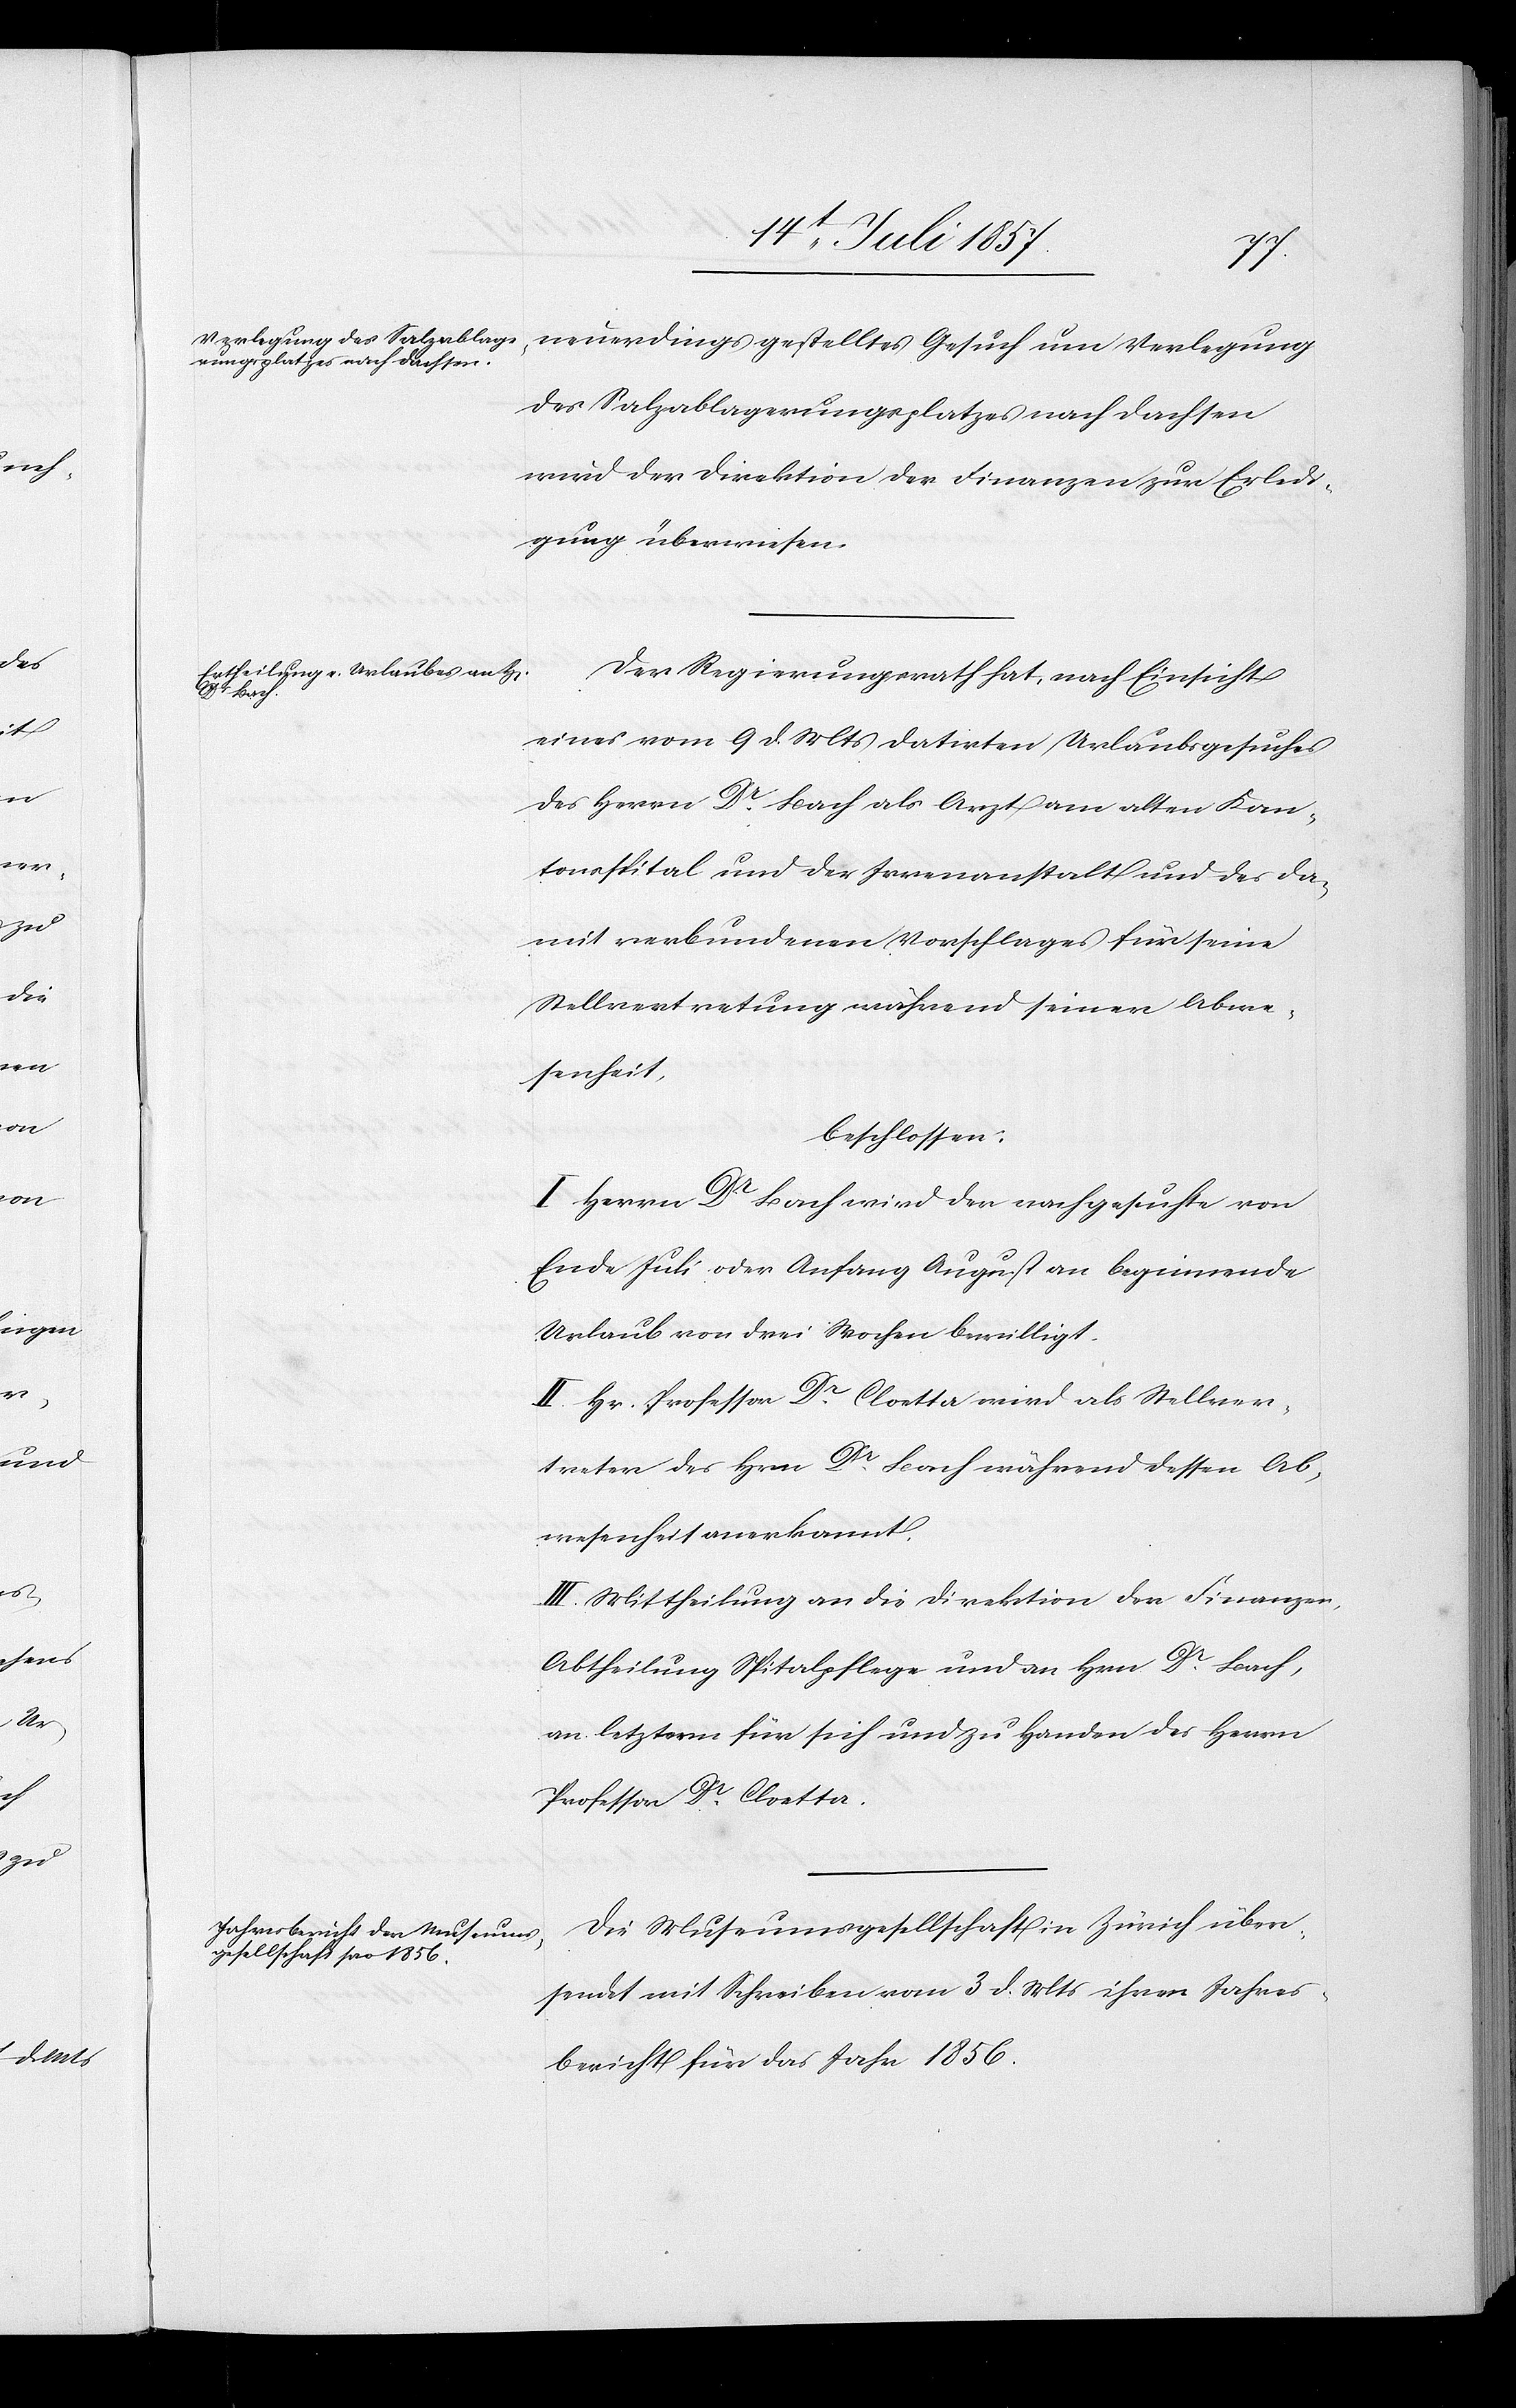
neuerdings gestelltes Gesuch um Verlegung
des Salzablagerungsplatzes nach Dachsen
wird der Direktion der Finanzen zur Erledi¬
gung überwiesen.
Der Regierungsrath hat, nach Einsicht
eines vom 9 d. Mts. datirten Urlaubsgesuches
des Herrn Dr Bach als Arzt am alten Kan¬
tonsspital und der Irrenanstalt und des da¬
mit verbundenen Vorschlages für seine
Stellvertretung während seiner Abwe¬
senheit,
beschlossen:
I. Herrn Dr Bach wird der nachgesuchte von
Ende Juli oder Anfang August an beginnende
Urlaub von drei Wochen bewilligt.
II. Hr. Professor Dr Cloetta wird als Stellver¬
treter des Hrn. Dr Bach während dessen Ab¬
wesenheit anerkannt.
III. Mittheilung an die Direktion der Finanzen,
Abtheilung Spitalpflege und an Hrn. Dr Bach,
an letztern für sich und zu Handen des Herrn
Professor Dr Cloetta.
Die Museumgesellschaft in Zürich über¬
sendet mit Schreiben vom 3 d. Mts. ihren Jahres¬
bericht für das Jahr 1856.